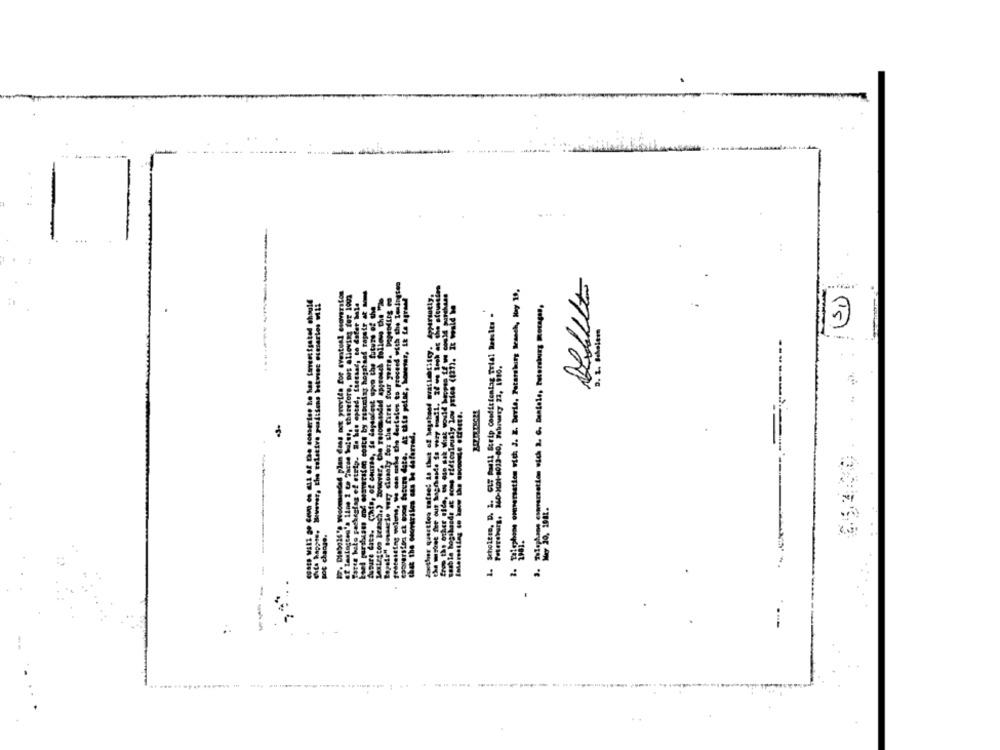
---
estetting woluns, we can ashe the dorteles to proceed with the Ieningtes
boel purchases and eosversion costs by running hogstaad rapstr at
at lastagten's line 2 to Three Suise, therefore, nos allowing for 1902
Lalites Lesoch.) Souswar, the resombasded approach follows the "2e
Ropale" Bewaarde very ciosaly for the first four years. Depending e
Chis, of churas, Sa dependent upon the future of the
semble bogihands at some ridtoaleusly low price (12?). It wald Me
3. Talephans comarsation sich 2. G. Bentele, Petersburg Bocages,
Scholten. D. I. GLF Gaull Scrip Conditioning Trial Rassles .
that the conviriles ens ha dafirred.
pot chanie.
Assure Cats.
1.
1.